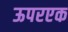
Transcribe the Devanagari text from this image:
ऊपरएक